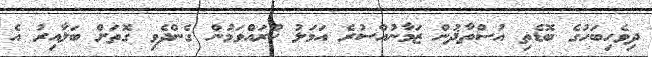
ދިވެހިބަހުގެ ބޮޑެތި އުސްތާޛުން ޒަމާނުއްސުރެ އަމަލު ކުރައްވަމުން ގެންދެވި ގޮތަށް ބަލާއިރު އެ